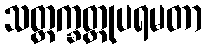
သတ္တက္ခတ္တုပရမတာ